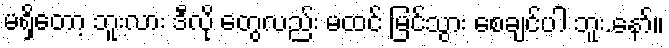
မရှိတော့ ဘူးလား ဒီလို တွေလည်း မထင် မြင်သွား စေချင်ပါ ဘူး.နော်။